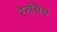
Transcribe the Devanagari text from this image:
रेनसिस